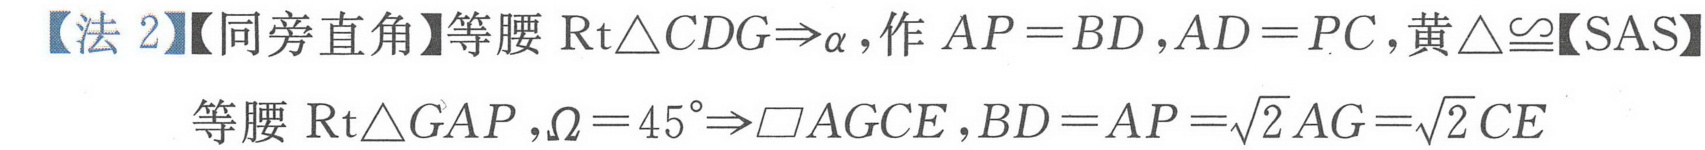
【法 2】【同旁直角】等腰 $\mathrm{Rt}\triangle CDG\Rightarrow\alpha$，作 $AP = BD$，$AD = PC$，黄 $\triangle\cong$【SAS】
等腰 $\mathrm{Rt}\triangle GAP$，$\Omega = 45^{\circ}\Rightarrow\square AGCE$，$BD = AP=\sqrt{2}AG=\sqrt{2}CE$